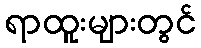
ရာထူးများတွင်